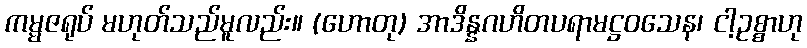
ကမ္မဇရုပ် မဟုတ်သည်မူလည်း။ (ဟောတု) အာဒိန္နဂဟိတပရာမဋ္ဌဝသေန၊ ငါ့ဥစ္စာဟု